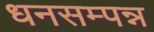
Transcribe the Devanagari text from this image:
धनसम्पन्न